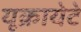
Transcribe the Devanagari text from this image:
यूक्रायेटे